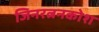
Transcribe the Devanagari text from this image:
जिनरत्ननकोश